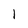
Character: l